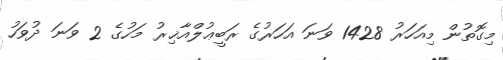
މިގޮތުން މިއަހަރު 1428 ވަނަ އަހަރުގެ ރަބީޢުލްއާޚިރު މަހުގެ 2 ވަނަ ދުވަހު